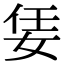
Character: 𡜟